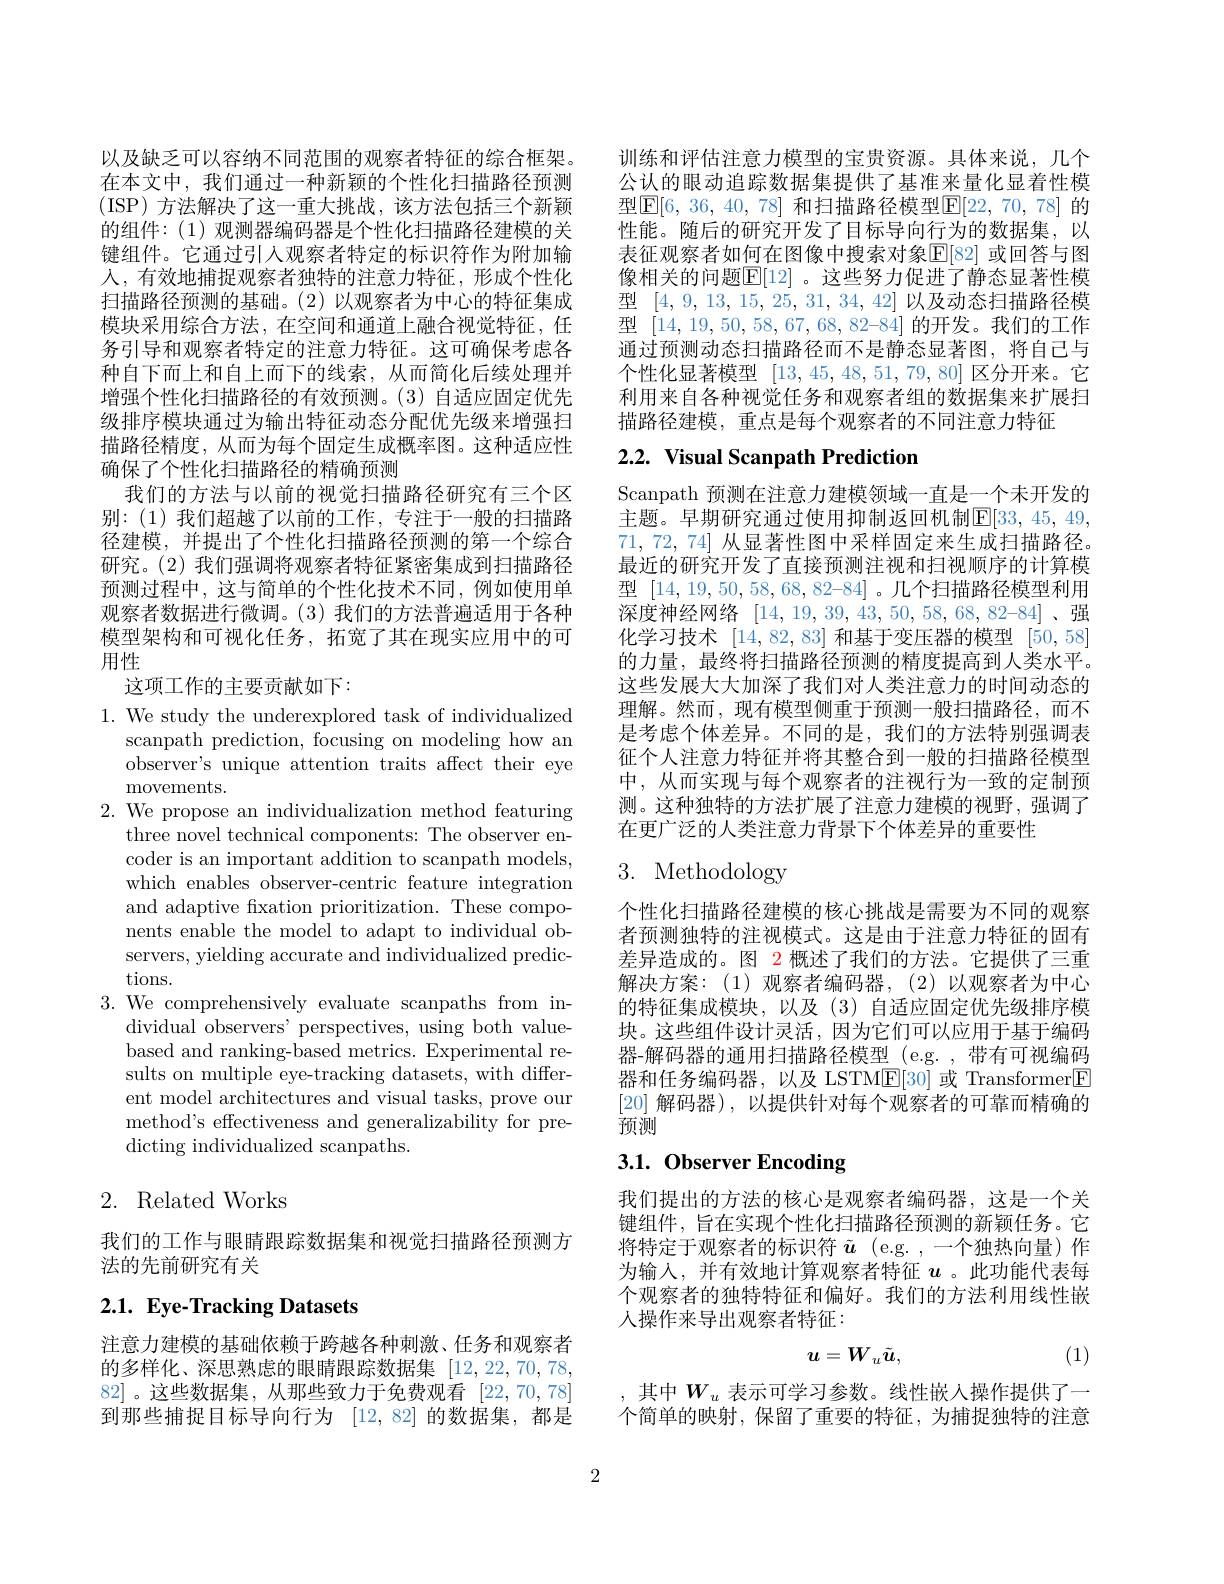
以及缺乏可以容纳不同范围的观察者特征的综合框架。在本文中，我们通过一种新颖的个性化扫描路径预测(ISP)方法解决了这一重大挑战，该方法包括三个新颖的组件：(1)观测器编码器是个性化扫描路径建模的关键组件。它通过引人观察者特定的标识符作为附加输人，有效地捕捉观察者独特的注意力特征，形成个性化扫描路径预测的基础。(2)以观察者为中心的特征集成模块采用综合方法，在空间和通道上融合视觉特征，任务引导和观察者特定的注意力特征。这可确保考虑各种自下而上和自上而下的线索，从而简化后续处理并增强个性化扫描路径的有效预测。(3) 自适应固定优先级排序模块通过为输出特征动态分配优先级来增强扫描路径精度，从而为每个固定生成概率图。这种适应性确保了个性化扫描路径的精确预测
我们的方法与以前的视觉扫描路径研究有三个区别：(1)我们超越了以前的工作，专注于一般的扫描路径建模，并提出了个性化扫描路径预测的第一个综合研究。(2) 我们强调将观察者特征紧密集成到扫描路径预测过程中，这与简单的个性化技术不同，例如使用单观察者数据进行微调。(3)我们的方法普遍适用于各种模型架构和可视化任务，拓宽了其在现实应用中的可用性
这项工作的主要贡献如下：
1. We study the underexplored task of individualized
scanpath prediction, focusing on modeling how an observer's unique attention traits affect their eye movements.
2. We propose an individualization method featuring
three novel technical components: The observer encoder is an important addition to scanpath models, which enables observer-centric feature integration and adaptive fxation prioritization. These components enable the model to adapt to individual observers, yielding accurate and individualized predictions.
3. We comprehensively evaluate scanpaths from in-
dividual observers' perspectives, using both valuebased and ranking-based metrics. Experimental results on multiple eye-tracking datasets, with different model architectures and visual tasks, prove our method's effectiveness and generalizability for predicting individualized scanpaths.
2. Related Works

我们的工作与眼睛跟踪数据集和视觉扫描路径预测方
法的先前研究有关

# 2.1. Eye-Tracking Datasets

注意力建模的基础依赖于跨越各种刺激、任务和观察者的多样化、深思熟虑的眼睛跟踪数据集[12,22,70,78, 82]。这些数据集，从那些致力于免费观看[22,70,78] 到那些捕捉目标导向行为 [12,82] 的数据集，都是

训练和评估注意力模型的宝贵资源。具体来说，几个公认的眼动追踪数据集提供了基准来量化显着性模型$\boxed{\mathrm{F}}[6,36,40,78]$ 和扫描路径模型$\boxed{\mathrm{E}}[22,70,78]$ 的性能。随后的研究开发了目标导向行为的数据集，以表征观察者如何在图像中搜索对象$\mathbb{E}[82]$ 或回答与图像相关的问题$\boxed{\mathbb{E}[12]}$。这些努力促进了静态显著性模型[4,9,13,15,25,31,34,42]以及动态扫描路径模型$[14,19,50,58,67,68,82–84]$的开发。我们的工作通过预测动态扫描路径而不是静态显著图，将自己与个性化显著模型[13,45,48,51,79,80]区分开来。它利用来自各种视觉任务和观察者组的数据集来扩展扫描路径建模，重点是每个观察者的不同注意力特征

## 2.2. Visual Scanpath Prediction

Scanpath 预测在注意力建模领域一直是一个未开发的主题。早期研究通过使用抑制返回机制$\mathbb{E}[33,45,49$, 71,72,74]从显著性图中采样固定来生成扫描路径。最近的研究开发了直接预测注视和扫视顺序的计算模型$[14,19,50,58,68,82–84]$ 。几个扫描路径模型利用深度神经网络$[14,19,39,43,50,58,68,82–84]$、强化学习技术[14,82,83]和基于变压器的模型[50,58] 的力量，最终将扫描路径预测的精度提高到人类水平。这些发展大大加深了我们对人类注意力的时间动态的理解。然而，现有模型侧重于预测一般扫描路径，而不是考虑个体差异。不同的是，我们的方法特别强调表征个人注意力特征并将其整合到一般的扫描路径模型中，从而实现与每个观察者的注视行为一致的定制预测。这种独特的方法扩展了注意力建模的视野，强调了在更广泛的人类注意力背景下个体差异的重要性

# 3. Methodology

个性化扫描路径建模的核心挑战是需要为不同的观察者预测独特的注视模式。这是由于注意力特征的固有差异造成的。图 2 概述了我们的方法。它提供了三重解决方案：(1)观察者编码器，(2)以观察者为中心的特征集成模块，以及(3)自适应固定优先级排序模块。这些组件设计灵活，因为它们可以应用于基于编码器-解码器的通用扫描路径模型 (e.g. ,带有可视编码器和任务编码器，以及 LSTM$\mathsf E[30]$或 Transformer$\mathsf E$ [20]解码器),以提供针对每个观察者的可靠而精确的预测

# 3.1. Observer Encoding

我们提出的方法的核心是观察者编码器，这是一个关键组件，旨在实现个性化扫描路径预测的新颖任务。它将特定于观察者的标识符$\tilde{u}$ (e.g. ,一个独热向量)作为输入，并有效地计算观察者特征$u$。此功能代表每个观察者的独特特征和偏好。我们的方法利用线性嵌人操作来导出观察者特征：
$$u=W_u\tilde{u},$$
(1)

,其中$W_u$ 表示可学习参数。线性嵌人操作提供了一个简单的映射，保留了重要的特征，为捕捉独特的注意

2